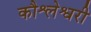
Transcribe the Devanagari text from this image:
कौश्लेश्वरी